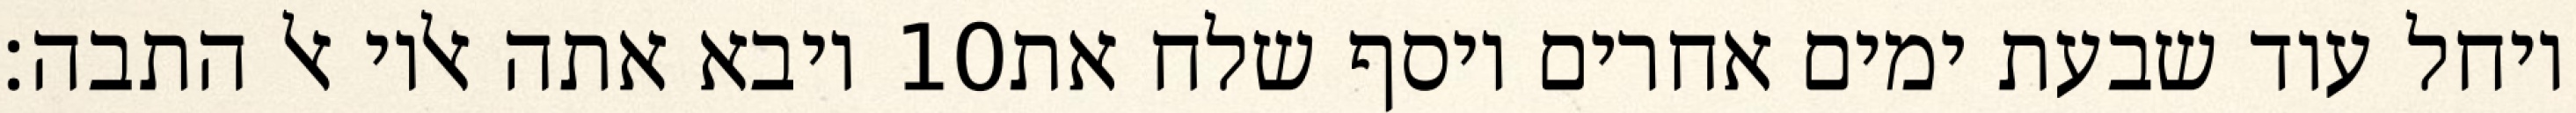
ויבא אתה אליו אל התבה׃ ‎10‏ ויחל עוד שבעת ימים אחרים ויסף שלח את